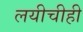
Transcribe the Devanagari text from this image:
लयीचीही